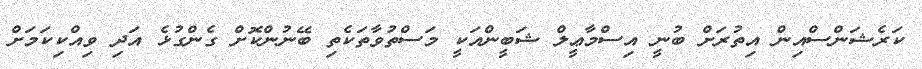
ކަރެޝަންސްއިން އިތުރަށް ބުނީ އިސްމާޢީލް ޝަބީންއަކީ މަސްތުވާތަކެތި ބޭނުންކޮށް ގެންގުޅެ އަދި ވިއްކިކަމަށް